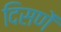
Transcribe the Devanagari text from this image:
दिसणें